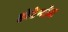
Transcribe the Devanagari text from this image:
होटेन्टोट